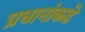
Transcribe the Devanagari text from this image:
प्रधानांकडे